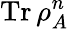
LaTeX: \operatorname{Tr}\rho_{A}^{n}